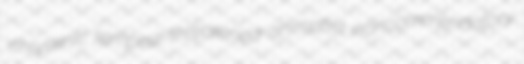
chrysenic tempest-threatened animatist noncommendatory